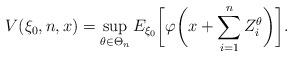
LaTeX: \begin{align*}&V(\xi_0,n,x)=\sup_{\theta\in \Theta_n} E_{\xi_0}\biggl[\varphi\biggl(x+\sum_{i=1}^n Z^\theta_i\biggr)\biggr].\end{align*}